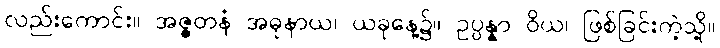
လည်းကောင်း။ အဇ္ဇတနံ အဓုနာယ၊ ယခုနေ့၌။ ဥပ္ပန္နာ ဝိယ၊ ဖြစ်ခြင်းကဲ့သို့။